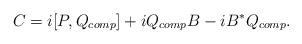
LaTeX: \begin{align*}C = i[P,Q_{comp}]+i Q_{comp} B - i B^* Q_{comp}.\end{align*}